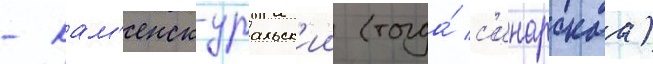
- кам'енск-уральск'ии (тогда́ с'инарскаа)